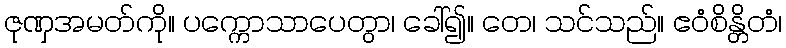
ဇုဏှအမတ်ကို။ ပက္ကောသာပေတွာ၊ ခေါ်၍။ တေ၊ သင်သည်။ ဧဝံစိန္တိတံ၊